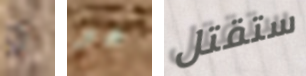
و هو ستقتل